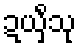
ဍယှိံသု